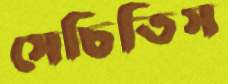
সেচিতিস